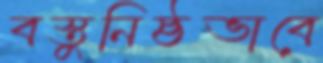
বস্তুনিষ্ঠভাবে